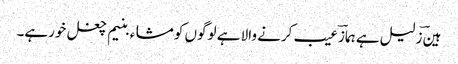
ہینؔ زلیل ہے ہمازؔ عیب کرنے والا ہے لوگوں کو مشاء بنیم چغل خورہے۔